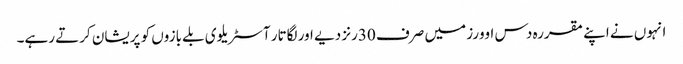
انہوں نے اپنے مقررہ دس اوورز میں صرف 30رنز دیے اور لگاتار آسٹریلوی بلے بازوں کو پریشان کرتے رہے۔